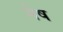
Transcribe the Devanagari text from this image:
मेेष